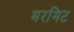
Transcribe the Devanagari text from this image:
मरमिट